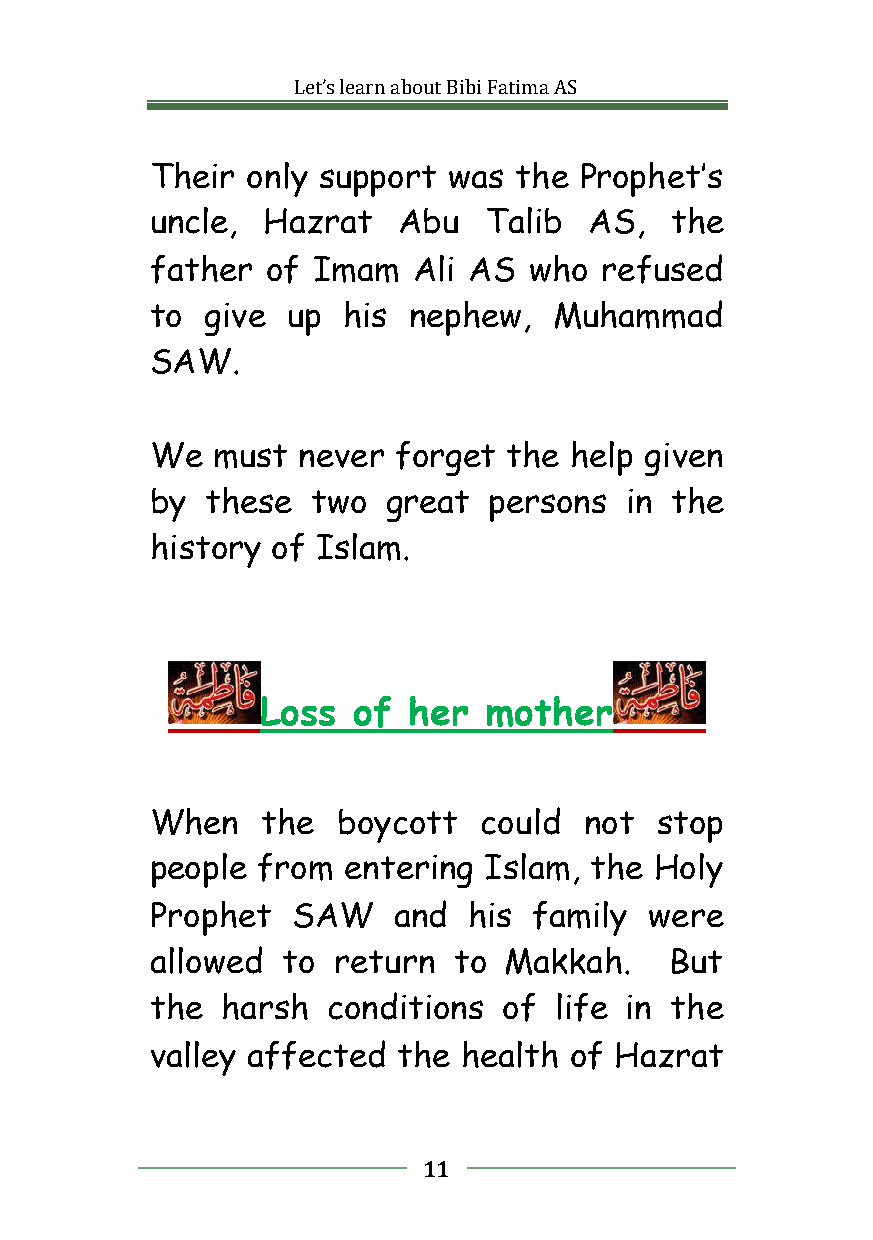
Let’slearnaboutBibiFatimaAS
 Their only support  was the Prophet’s
 uncle, Hazrat   Abu   Talib  AS,  the
 father  of Imam  Ali AS  who  refused
 to  give up  his nephew,   Muhammad
 SAW.
 We  must  never forget  the help given
 by  these  two  great persons  in the
 history of Islam.
 Loss  of  her  mother
 When   the  boycott   could  not stop
 people from  entering Islam, the Holy
 Prophet  SAW    and  his family  were
 allowed  to return  to Makkah.    But
 the  harsh  conditions of  life in the
 valley affected the  health of Hazrat
 11